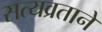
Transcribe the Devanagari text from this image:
सत्यव्रताने